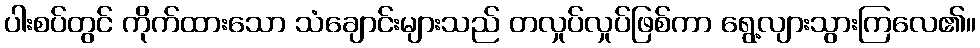
ပါးစပ်တွင် ကိုက်ထားသော သံချောင်းများသည် တလှုပ်လှုပ်ဖြစ်ကာ ရွေ့လျားသွားကြလေ၏။